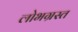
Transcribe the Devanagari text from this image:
लोभग्रस्त